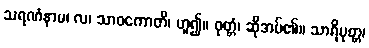
သရဏံနာမ၊ လ၊ သာဝကောတိ၊ ဟူ၍။ ဝုတ္တံ၊ ဆိုအပ်၏။ သာရိပုတ္တ၊